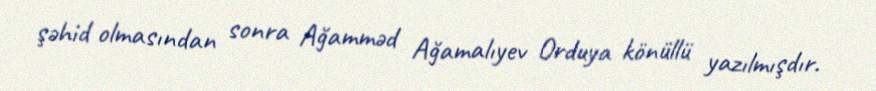
şəhid olmasından sonra Ağamməd Ağamalıyev Orduya könüllü yazılmışdır.